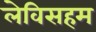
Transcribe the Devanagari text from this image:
लेविसहम